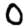
Digit: 0